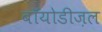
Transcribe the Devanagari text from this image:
बॉयोडीज़ल